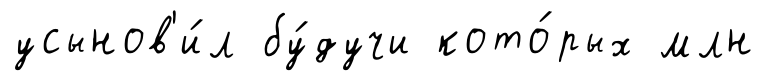
усынов'и́л бу́дучи кото́рых млн